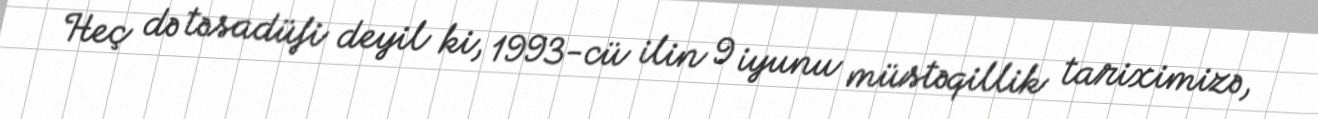
Heç də təsadüfi deyil ki, 1993-cü ilin 9 iyunu müstəqillik tariximizə,